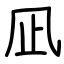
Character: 凪